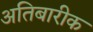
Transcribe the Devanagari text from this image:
अतिबारीक